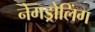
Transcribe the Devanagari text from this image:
नेमड्रोलिंग